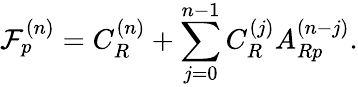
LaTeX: \mathcal{F}_{p}^{(n)}=C_{R}^{(n)}+\sum_{j=0}^{n-1}C_{R}^{(j)}A_{Rp}^{(n-j)}.